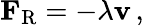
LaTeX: \mathbf{F}_{\mathrm{{R}}}=-\lambda\mathbf{v}\, ,